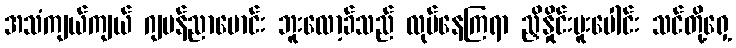
အသံကျယ်ကျယ် ဂျပန်ညာမောင်း ဘူးလော့ခ်သည် လုပ်နေကြရာ ညှိနှိုင်းပူးပေါင်း သင်တို့ရှေ့